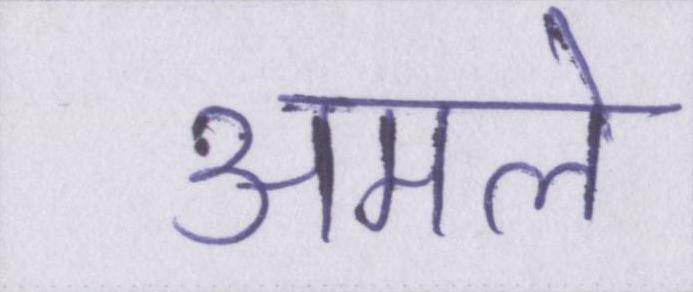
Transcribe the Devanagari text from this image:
अमले